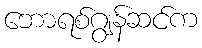
ဘောရစ်ဂျွန်ဆင်က